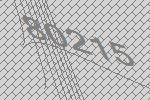
80215